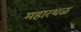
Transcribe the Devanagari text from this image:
महारथळ